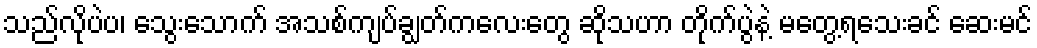
သည်လိုပဲပ၊ သွေးသောက် အသစ်ကျပ်ချွတ်ကလေးတွေ ဆိုသဟာ တိုက်ပွဲနဲ့ မတွေ့ရသေးခင် ဆေးမင်